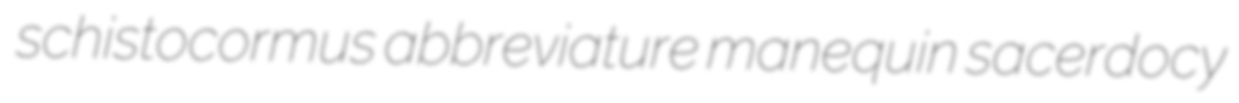
schistocormus abbreviature manequin sacerdocy